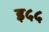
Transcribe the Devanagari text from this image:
इ५५